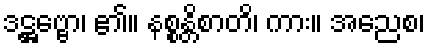
ဒဋ္ဌဗ္ဗော၊ ၏။ နစ္စန္တိစာတိ၊ ကား။ အညေစ၊